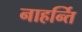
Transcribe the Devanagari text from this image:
नाहर्न्ति